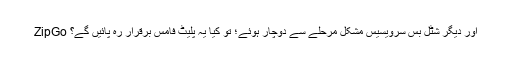
ZipGo اور دیگر شٹل بس سرویسیس مشکل مرحلے سے دوچار ہوئے؛ تو کیا یہ پلیٹ فامس برقرار رہ پائیں گے؟